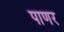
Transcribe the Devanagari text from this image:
पाणर